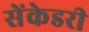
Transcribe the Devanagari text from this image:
सेंकेडरी